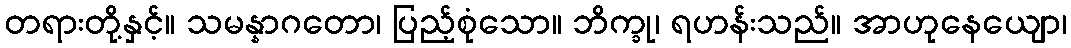
တရားတို့နှင့်။ သမန္နာဂတော၊ ပြည့်စုံသော။ ဘိက္ခု၊ ရဟန်းသည်။ အာဟုနေယျော၊